Madras plague regulations and rules - Volume 2
Disease focus: Plague
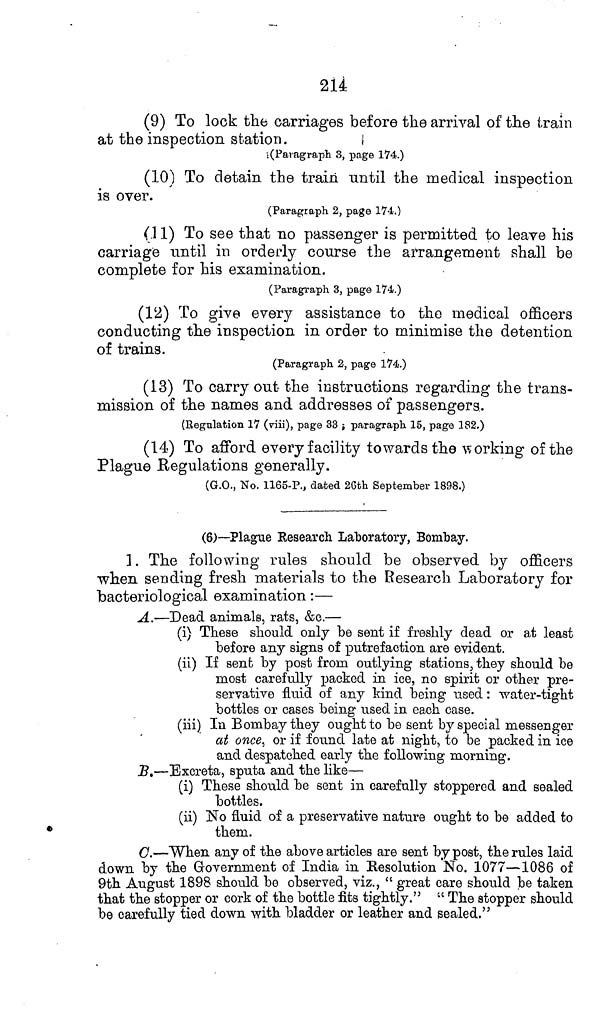
214
(9) To lock the carriages before the arrival of the train
at the inspection station.
(Paragraph. 3, page 174.)
(10) To detain the train until the medical inspection
is over.
(Paragraph 2, page 174.)
(11) To see that no passenger is permitted to leave his
carriage until in orderly course the arrangement shall be
complete for his examination.
(Paragraph 3, page 174.)
(12) To give every assistance to the medical officers
conducting the inspection in order to minimise the detention
of trains.
(Paragraph 2, page 174.)
(13) To carry out the instructions regarding the trans-
mission of the names and addresses of passengers.
(Regulation 17 (viii), page 33 ; paragraph 15, page 182.)
(14) To afford every facility to wards the working of the
Plague Regulations generally.
(G.O., No. 1165-P., dated 2Gth September 1898.)
(6)—Plague Research Laboratory, Bombay.
]. The following rules should be observed by officers
when sending fresh materials to the Research Laboratory for
bacteriological examination:—
A.—Dead animals, rats, &c.—
(i) These should only be sent if freshly dead or at least
before any signs of putrefaction are evident.
(ii) If sent by post from outlying stations, they should be
most carefully packed in ice, no spirit or other pre-
servative fluid of any kind being used: water-tight
bottles or cases being used in each case.
(iii) In Bombay they ought to be sent by special messenger
at once, or if found late at night, to be packed in ice
and despatched early the following morning.
B.—Excreta, sputa and the like—
(i) These should be sent in carefully stoppered and sealed
bottles.
(ii) No fluid of a preservative nature ought to be added to
them.
C.—When any of the above articles are sent by post, the rules laid
down by the Grovernment of India in Resolution No. 1077—1086 of
9th August 1898 should bo observed, viz., " great care should be taken
that the stopper or cork of the bottle fits tightly." " The stopper should
be carefully tied down with bladder or leather and sealed."